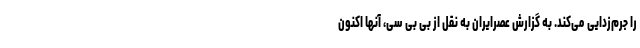
را جرم‌زدایی می‌کند. به گزارش عصرایران به نقل از بی بی سی، آنها اکنون